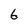
Character: 6